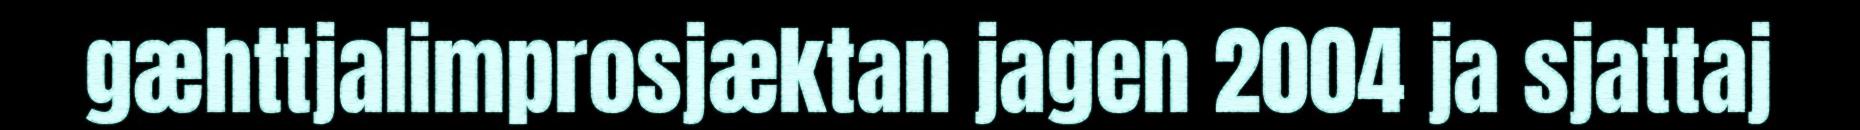
gæhttjalimprosjæktan jagen 2004 ja sjattaj